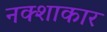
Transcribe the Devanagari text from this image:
नक्शाकार